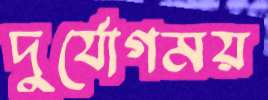
দুর্যোগময়